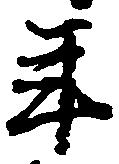
年